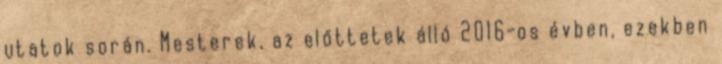
utatok során. Mesterek, az előttetek álló 2016-os évben, ezekben